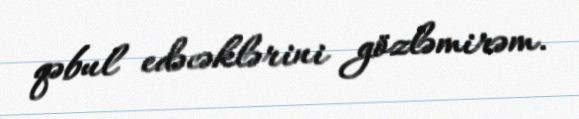
qəbul edəcəklərini gözləmirəm.